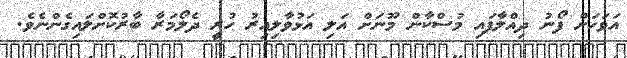
އަވަހަށް ފޯނު ދިއްލާފައި މުސްކާން މޫނަށް އަލި އަޅުވާލިއިރު ހުރީ ދެލޯމަރާ ބާރުކޮށްލައިގެންނެވެ.